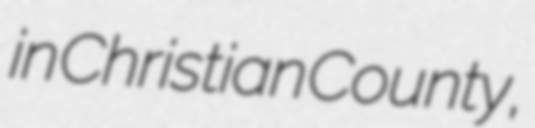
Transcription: in Christian County,